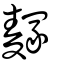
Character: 䴿